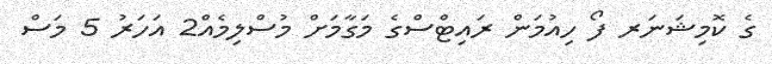
ގެ ކޮމިޝަނަރ ފޯ ހިއުމަން ރައިޓްސްގެ މަގާމަށް މުސްލިމެއް2 އަހަރު 5 މަސް